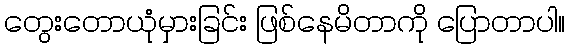
တွေးတောယုံမှားခြင်း ဖြစ်နေမိတာကို ပြောတာပါ။